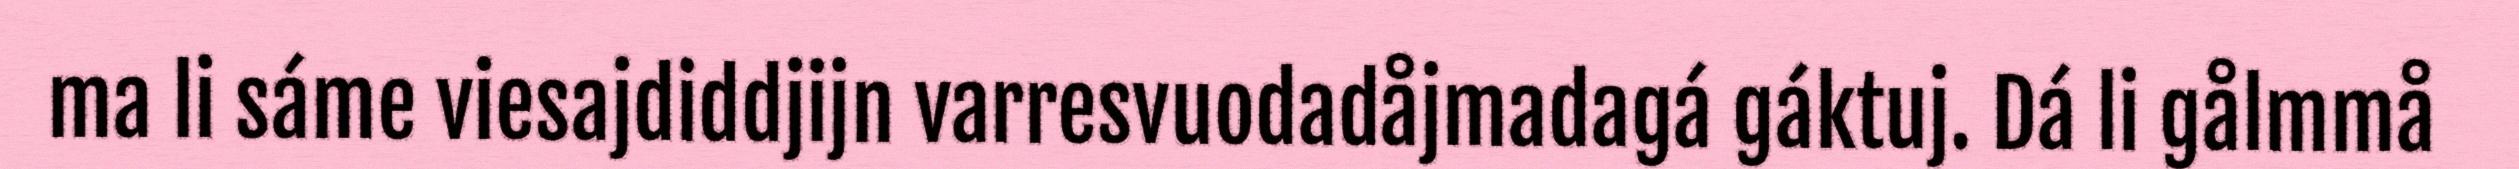
ma li sáme viesajdiddjijn varresvuodadåjmadagá gáktuj. Dá li gålmmå